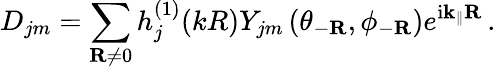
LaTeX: D_{jm}=\sum_{\mathbf{R}\neq 0}h_{j}^{(1)}(kR)Y_{jm}\left(\theta_{-\mathbf{R}},\phi_{-\mathbf{R}}\right)e^{\mathrm{i\mathbf{k}_{\parallel}\mathbf{R}}}\, .